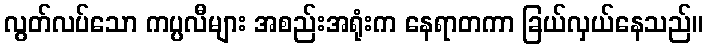
လွတ်လပ်သော ကပ္ပလီများ အစည်းအရုံးက နေရာတကာ ခြယ်လှယ်နေသည်။